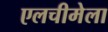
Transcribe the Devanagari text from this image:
एलचीमेला